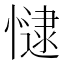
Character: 𢠻